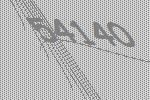
54140